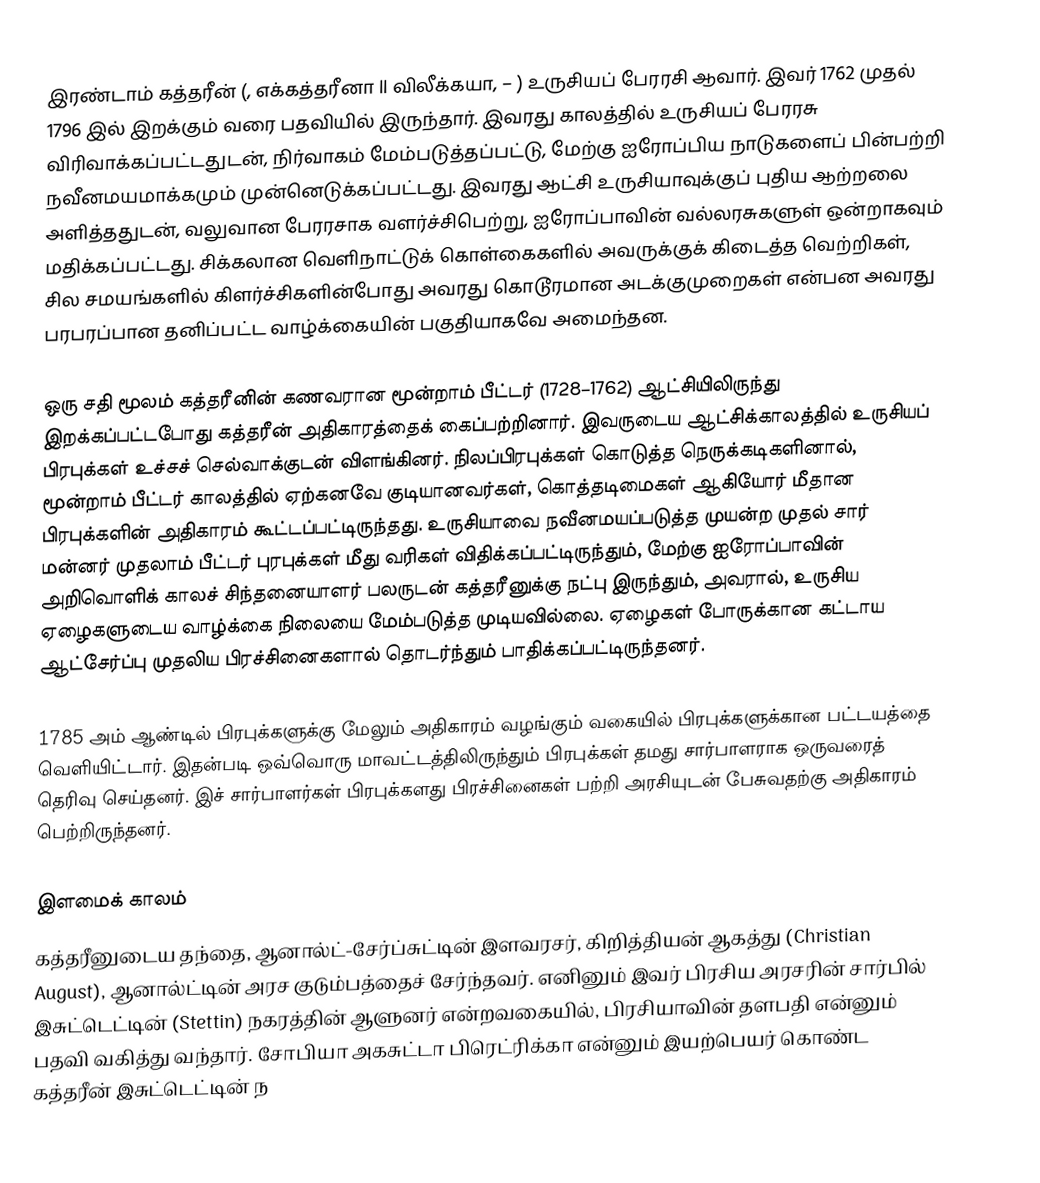
இரண்டாம் கத்தரீன் (, எக்கத்தரீனா II விலீக்கயா,  – ) உருசியப் பேரரசி ஆவார். இவர் 1762 முதல் 1796 இல் இறக்கும் வரை பதவியில் இருந்தார். இவரது காலத்தில் உருசியப் பேரரசு விரிவாக்கப்பட்டதுடன், நிர்வாகம் மேம்படுத்தப்பட்டு, மேற்கு ஐரோப்பிய நாடுகளைப் பின்பற்றி நவீனமயமாக்கமும் முன்னெடுக்கப்பட்டது. இவரது ஆட்சி உருசியாவுக்குப் புதிய ஆற்றலை அளித்ததுடன், வலுவான பேரரசாக வளர்ச்சிபெற்று, ஐரோப்பாவின் வல்லரசுகளுள் ஒன்றாகவும் மதிக்கப்பட்டது. சிக்கலான வெளிநாட்டுக் கொள்கைகளில் அவருக்குக் கிடைத்த வெற்றிகள், சில சமயங்களில் கிளர்ச்சிகளின்போது அவரது கொடூரமான அடக்குமுறைகள் என்பன அவரது பரபரப்பான தனிப்பட்ட வாழ்க்கையின் பகுதியாகவே அமைந்தன.

ஒரு சதி மூலம் கத்தரீனின் கணவரான மூன்றாம் பீட்டர் (1728–1762) ஆட்சியிலிருந்து இறக்கப்பட்டபோது கத்தரீன் அதிகாரத்தைக் கைப்பற்றினார். இவருடைய ஆட்சிக்காலத்தில் உருசியப் பிரபுக்கள் உச்சச் செல்வாக்குடன் விளங்கினர். நிலப்பிரபுக்கள் கொடுத்த நெருக்கடிகளினால், மூன்றாம் பீட்டர் காலத்தில் ஏற்கனவே குடியானவர்கள், கொத்தடிமைகள் ஆகியோர் மீதான பிரபுக்களின் அதிகாரம் கூட்டப்பட்டிருந்தது. உருசியாவை நவீனமயப்படுத்த முயன்ற முதல் சார் மன்னர் முதலாம் பீட்டர் புரபுக்கள் மீது வரிகள் விதிக்கப்பட்டிருந்தும், மேற்கு ஐரோப்பாவின் அறிவொளிக் காலச் சிந்தனையாளர் பலருடன் கத்தரீனுக்கு நட்பு இருந்தும், அவரால், உருசிய ஏழைகளுடைய வாழ்க்கை நிலையை மேம்படுத்த முடியவில்லை. ஏழைகள் போருக்கான கட்டாய ஆட்சேர்ப்பு முதலிய பிரச்சினைகளால் தொடர்ந்தும் பாதிக்கப்பட்டிருந்தனர்.

1785 அம் ஆண்டில் பிரபுக்களுக்கு மேலும் அதிகாரம் வழங்கும் வகையில் பிரபுக்களுக்கான பட்டயத்தை வெளியிட்டார். இதன்படி ஒவ்வொரு மாவட்டத்திலிருந்தும் பிரபுக்கள் தமது சார்பாளராக ஒருவரைத் தெரிவு செய்தனர். இச் சார்பாளர்கள் பிரபுக்களது பிரச்சினைகள் பற்றி அரசியுடன் பேசுவதற்கு அதிகாரம் பெற்றிருந்தனர்.

இளமைக் காலம்
கத்தரீனுடைய தந்தை, ஆனால்ட்-சேர்ப்சுட்டின் இளவரசர், கிறித்தியன் ஆகத்து (Christian August), ஆனால்ட்டின் அரச குடும்பத்தைச் சேர்ந்தவர். எனினும் இவர் பிரசிய அரசரின் சார்பில் இசுட்டெட்டின் (Stettin) நகரத்தின் ஆளுனர் என்றவகையில், பிரசியாவின் தளபதி என்னும் பதவி வகித்து வந்தார். சோபியா அகசுட்டா பிரெட்ரிக்கா என்னும் இயற்பெயர் கொண்ட கத்தரீன் இசுட்டெட்டின் ந